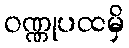
ဝဏ္ဏုပထမှိ